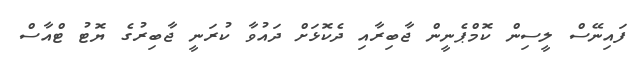
ފައިނޭސް ލީސިން ކޮމްޕެނީން ޖާބިރާއި ދެކޮޅަށް ދައުވާ ކުރަނީ ޖާބިރުގެ ޔޮޓު ޓްއާސް